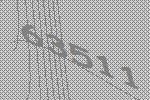
63511